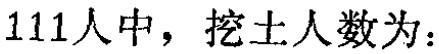
$111人中，挖土人数为：$